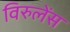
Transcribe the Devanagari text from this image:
विरुलेंस